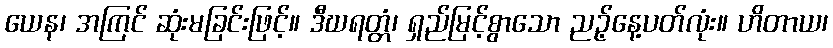
ယေန၊ အကြင် ဆုံးမခြင်းဖြင့်။ ဒီဃရတ္တံ၊ ရှည်မြင့်စွာသော ညဉ့်နေ့ပတ်လုံး။ ဟိတာယ၊